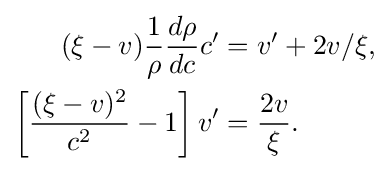
{\begin{aligned}(\xi -v){\frac {1}{\rho }}{\frac {d\rho }{dc}}c'&=v'+2v/\xi ,\\\left[{\frac {(\xi -v)^{2}}{c^{2}}}-1\right]v'&={\frac {2v}{\xi }}.\end{aligned}}